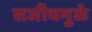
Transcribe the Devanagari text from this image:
सजीवमुळे